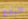
البدو